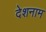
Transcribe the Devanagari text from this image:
देशनाम